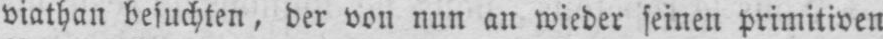
viathan besuchten, der von nun an wieder seinen primitiven